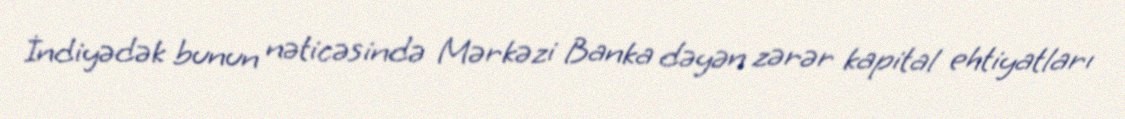
İndiyədək bunun nəticəsində Mərkəzi Banka dəyən zərər kapital ehtiyatları